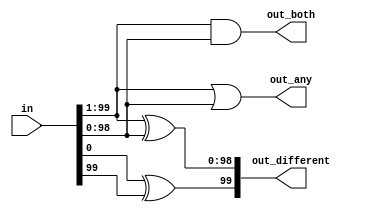
//
//
// https://hdlbits.01xz.net/wiki/Gatesv100
//
//

`default_nettype none

module top_module (
    input   [99:0]  in,
    output  [98:0]  out_both,
    output  [99:1]  out_any,
    output  [99:0]  out_different
);

    localparam      BASE    = 0,
                    LIMIT   = 99;

    assign out_both = in[LIMIT - 1 + 1:BASE + 1] & in[LIMIT - 1:BASE];

    assign out_any  = in[LIMIT - 1 + 1:BASE + 1] | in[LIMIT - 1:BASE];

    assign out_different = {in[0] ^ in[99], in[LIMIT - 1 + 1:BASE + 1] ^ in[LIMIT - 1:BASE]};

endmodule